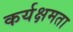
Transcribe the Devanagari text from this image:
कर्यक्षमता